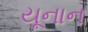
યૂનાન